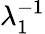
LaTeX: \lambda_{1}^{-1}